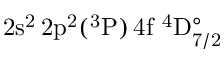
\mathrm { 2 s ^ { 2 } \, 2 p ^ { 2 } ( ^ { 3 } P ) \, 4 f ~ ^ { 4 } D _ { 7 / 2 } ^ { \circ } }